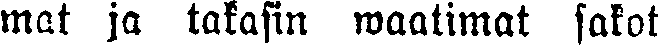
mat ja takasin waatimat sakot